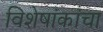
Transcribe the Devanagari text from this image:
विशेषांकांचा